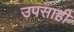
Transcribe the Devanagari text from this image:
उपसाही